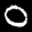
Label: 0